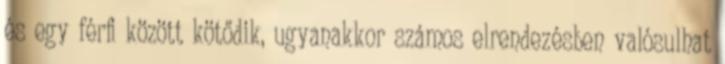
és egy férﬁ között kötődik, ugyanakkor számos elrendezésben valósulhat